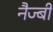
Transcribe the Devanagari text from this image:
नैज्बी